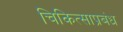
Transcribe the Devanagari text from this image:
चिकित्साप्रबंध